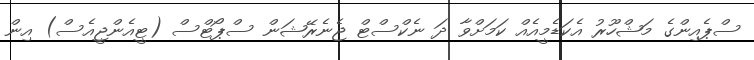
ސްޕެއިންގެ މަޝްހޫރު އެކަޑެމީއެއް ކަމަށްވާ ދަ ނެކްސްޓް ޖެނެރޭޝަން ސްޕޯޓްސް (ޓީއެންޖީއެސް) އިން